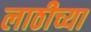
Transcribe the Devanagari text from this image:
लाठीच्या